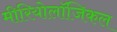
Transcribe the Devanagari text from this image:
मीरियोलॉजिकल